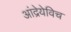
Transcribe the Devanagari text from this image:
आंद्रेयेविच